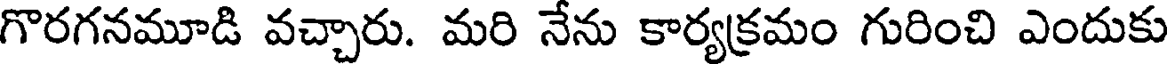
గొరగనమూడి వచ్చారు. మరి నేను కార్యక్రమం గురించి ఎందుకు